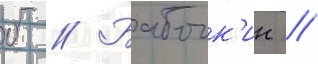
б // Бабочк'ин /